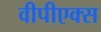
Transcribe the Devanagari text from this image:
वीपीएक्स